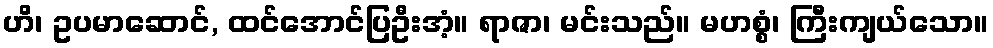
ဟိ၊ ဥပမာဆောင်, ထင်အောင်ပြဦးအံ့။ ရာဇာ၊ မင်းသည်။ မဟစ္စံ၊ ကြီးကျယ်သော။